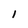
Character: I